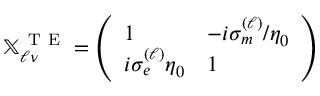
\mathbb { X } _ { \ell \nu } ^ { \mathrm { ~ T ~ E ~ } } = \left( \begin{array} { l l } { 1 } & { - i \sigma _ { m } ^ { ( \ell ) } / \eta _ { 0 } } \\ { i \sigma _ { e } ^ { ( \ell ) } \eta _ { 0 } } & { 1 } \end{array} \right)